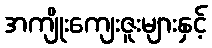
အကျိုးကျေးဇူးများနှင့်